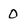
Character: 0